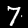
Label: 7